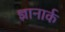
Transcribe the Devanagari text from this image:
ज्ञानार्क